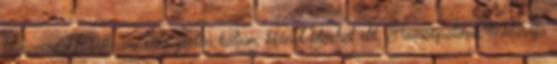
huzamosabb felhasználás esetén kálium hiányt idézhet elő. Homeopatikus tinktúrája